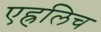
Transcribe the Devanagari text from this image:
एह्रलिच